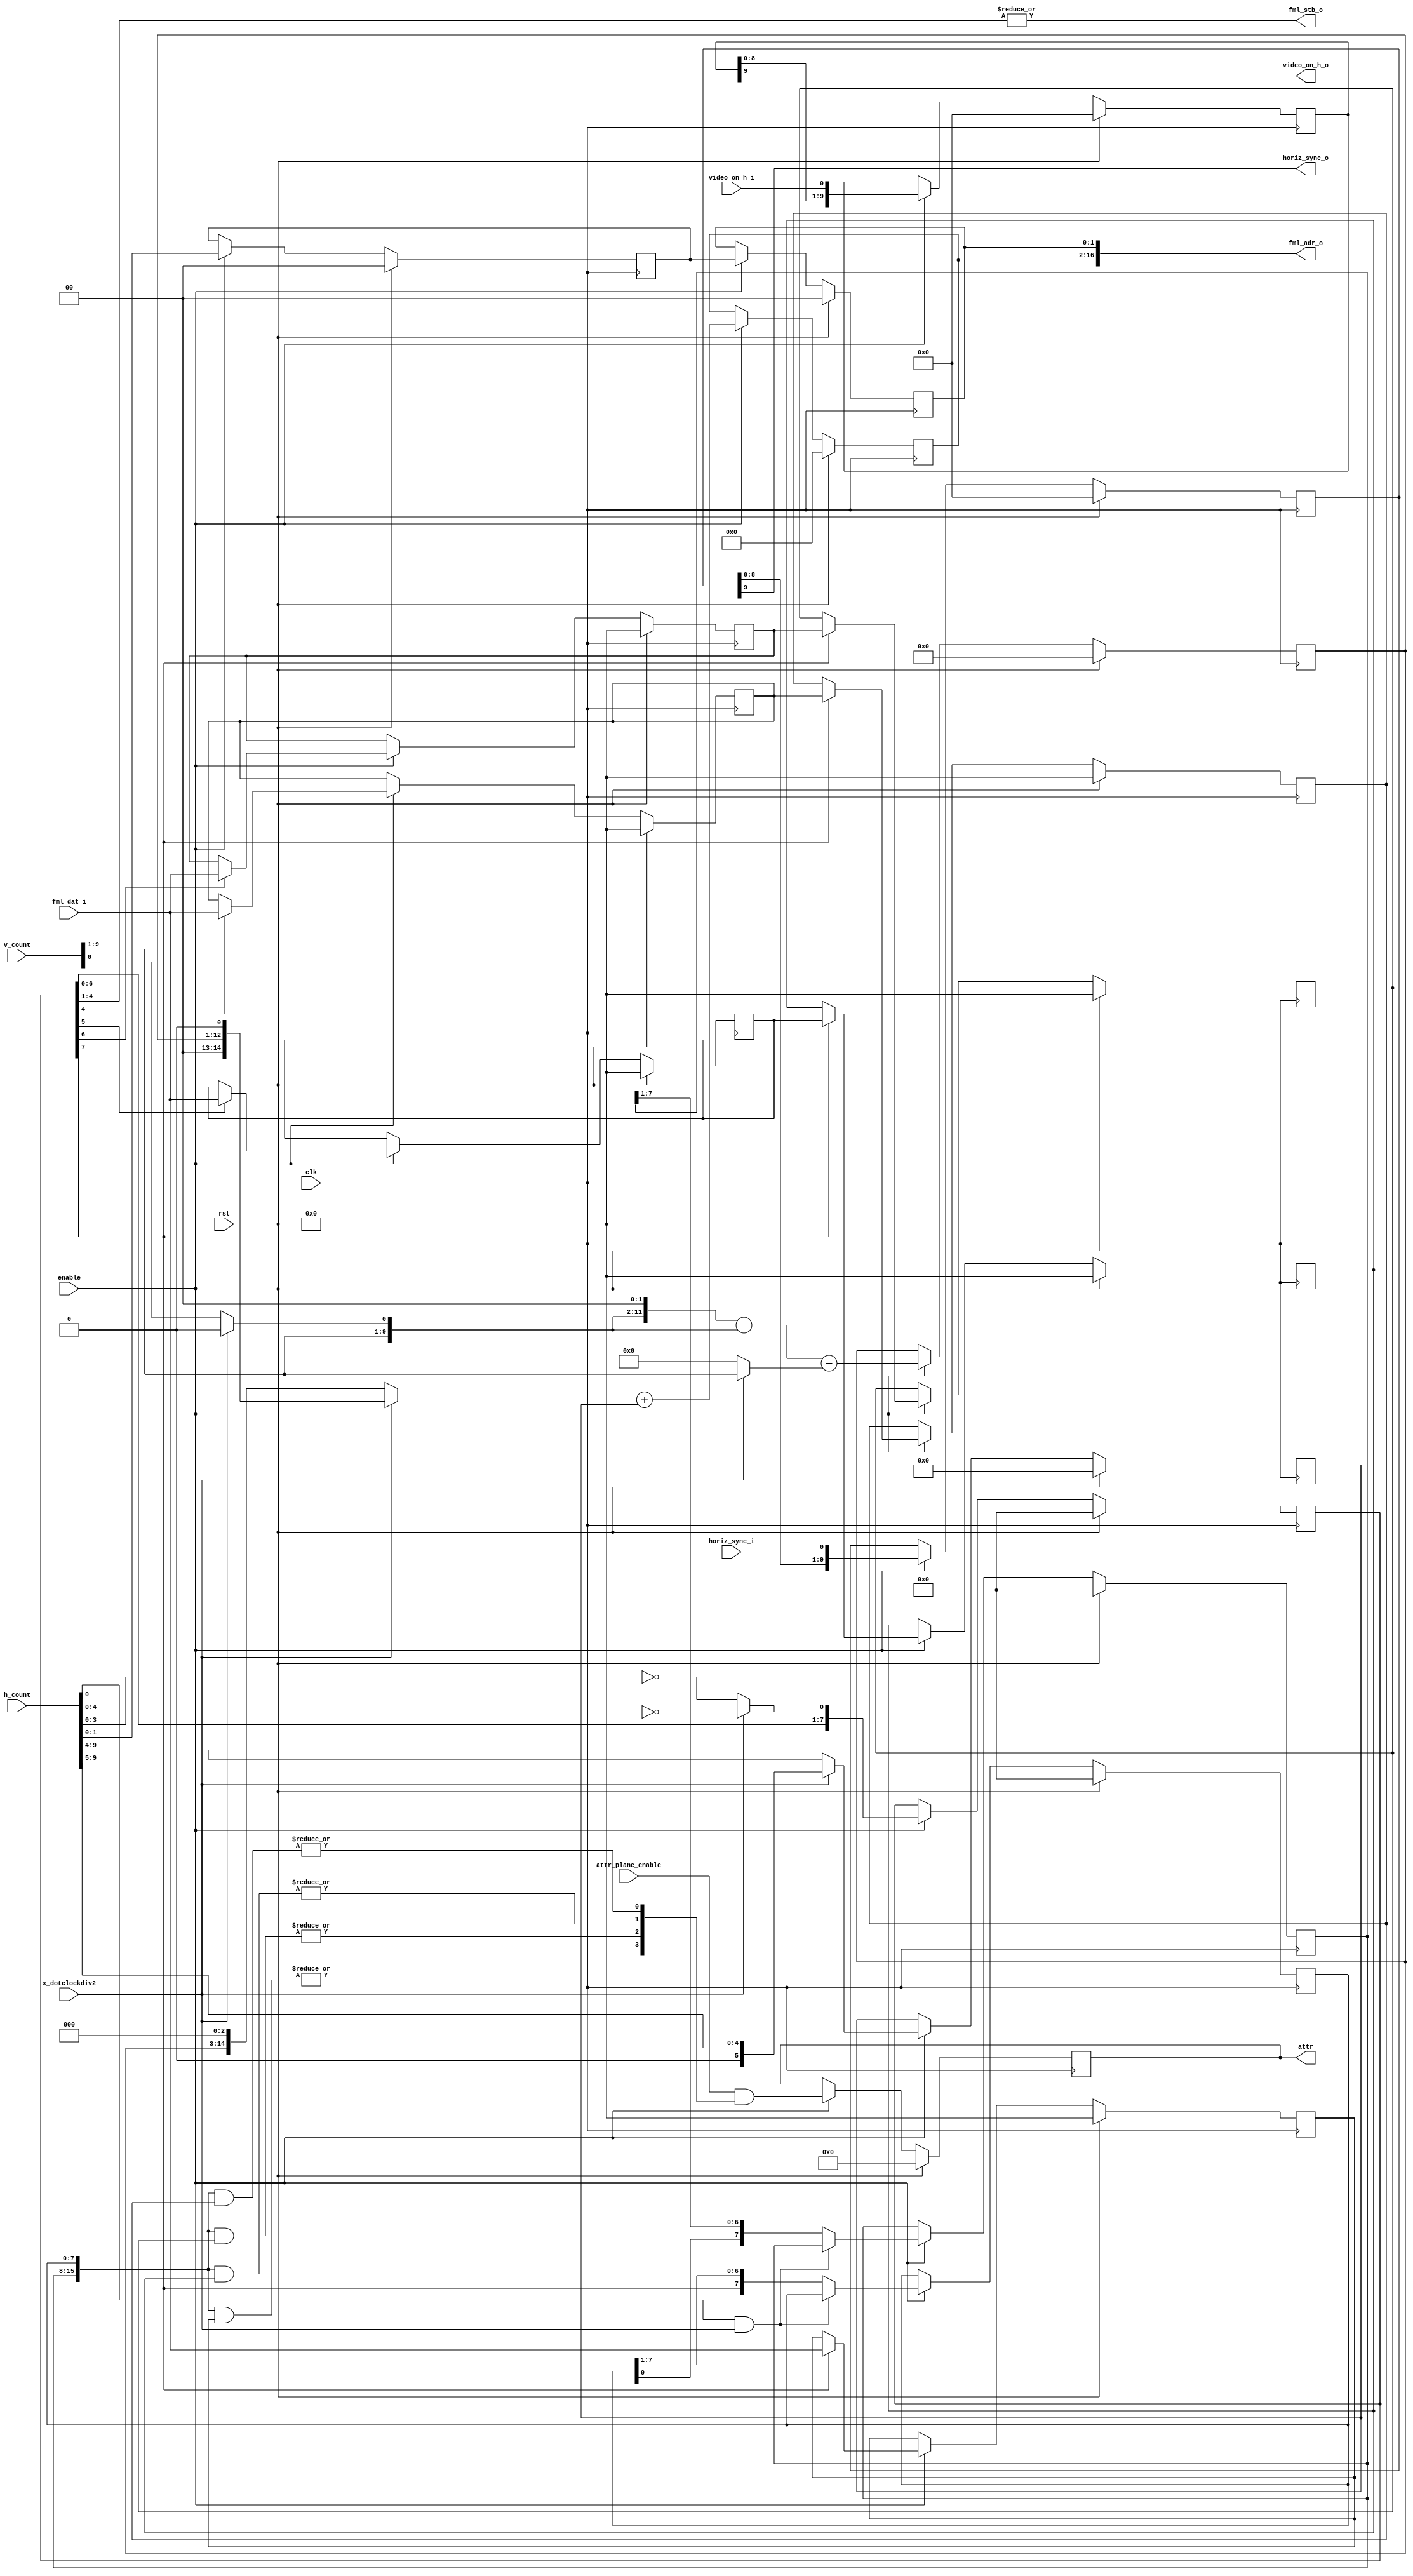
/*
 *  Planar mode graphics for VGA
 *  Copyright (C) 2010  Zeus Gomez Marmolejo <zeus@aluzina.org>
 *
 *  VGA FML support
 *  Copyright (C) 2013 Charley Picker <charleypicker@yahoo.com>
 *
 *  This file is part of the Zet processor. This processor is free
 *  hardware; you can redistribute it and/or modify it under the terms of
 *  the GNU General Public License as published by the Free Software
 *  Foundation; either version 3, or (at your option) any later version.
 *
 *  Zet is distrubuted in the hope that it will be useful, but WITHOUT
 *  ANY WARRANTY; without even the implied warranty of MERCHANTABILITY
 *  or FITNESS FOR A PARTICULAR PURPOSE. See the GNU General Public
 *  License for more details.
 *
 *  You should have received a copy of the GNU General Public License
 *  along with Zet; see the file COPYING. If not, see
 *  <http://www.gnu.org/licenses/>.
 */

module vga_planar_fml (
    input clk,
    input rst,

    input enable,

    // CSR slave interface for reading
    output [17:1] fml_adr_o,
    input  [15:0] fml_dat_i,
    output        fml_stb_o,

    // Controller registers
    input [3:0] attr_plane_enable,
    input       x_dotclockdiv2,

    input [9:0] h_count,
    input [9:0] v_count,
    input       horiz_sync_i,
    input       video_on_h_i,
    output      video_on_h_o,

    output reg [3:0] attr,
    output           horiz_sync_o
  );

  // Registers and net
  reg [11:0] row_addr;
  reg [ 5:0] col_addr;
  reg [14:0] word_offset;
  reg [ 1:0] plane_addr0;
  reg [ 1:0] plane_addr;
  reg [15:0] plane0;
  reg [15:0] plane0_tmp;
  reg [15:0] plane1;
  reg [15:0] plane1_tmp;
  reg [15:0] plane2;
  reg [15:0] plane2_tmp;
  reg [15:0] plane3;
  reg [ 7:0] bit_mask0;
  reg [ 7:0] bit_mask1;

  wire [15:0] bit_mask;
  wire        v_count0;

  wire bit3, bit2, bit1, bit0;

  reg [9:0] video_on_h;
  reg [9:0] horiz_sync;
  reg [7:0] pipe;

  // Continous assignments
  assign fml_adr_o = { word_offset, plane_addr };
  assign bit_mask  = { bit_mask1, bit_mask0 };

  assign bit0 = |(bit_mask & plane0);
  assign bit1 = |(bit_mask & plane1);
  assign bit2 = |(bit_mask & plane2);
  assign bit3 = |(bit_mask & plane3);

  assign video_on_h_o = video_on_h[9];
  assign horiz_sync_o = horiz_sync[9];
  assign fml_stb_o    = |pipe[4:1];
  assign v_count0     = x_dotclockdiv2 ? 1'b0 : v_count[0];

  // Behaviour
  // Pipeline count
  always @(posedge clk)
    if (rst)
      begin
        pipe <= 8'b0;
      end
    else
      if (enable)
        begin
          pipe <= { pipe[6:0],
            x_dotclockdiv2 ? (h_count[4:0]==5'h0) : (h_count[3:0]==4'h0) };    
        end

  // video_on_h
  always @(posedge clk)
    if (rst)
      begin
        video_on_h <= 10'b0;
      end
    else
      if (enable)
        begin
          video_on_h <= { video_on_h[8:0], video_on_h_i };
        end

  // horiz_sync
  always @(posedge clk)
    if (rst)
      begin
        horiz_sync <= 10'b0;
      end
    else
      if (enable)
        begin
          horiz_sync <= { horiz_sync[8:0], horiz_sync_i };
        end

  // Address generation
  always @(posedge clk)
    if (rst)
      begin
        row_addr    <= 12'h0;
        col_addr    <= 6'h0;
        plane_addr0 <= 2'b00;
        word_offset <= 15'h0;
        plane_addr  <= 2'b00;
      end
    else
      if (enable)
        begin
          // Loading new row_addr and col_addr when h_count[3:0]==4'h0
          // v_count * 40 or 22 (depending on x_dotclockdiv2)
          row_addr <= { v_count[9:1], v_count0, 2'b00 } + { v_count[9:1], v_count0 }
                    + (x_dotclockdiv2 ? v_count[9:1] : 9'h0);
          col_addr <= x_dotclockdiv2 ? h_count[9:5] : h_count[9:4];
          plane_addr0 <= h_count[1:0];

          // Load new word_offset at +1
          word_offset <= (x_dotclockdiv2 ? { row_addr, 1'b0 }
                                         : { row_addr, 3'b000 }) + col_addr;
          plane_addr  <= plane_addr0;
        end

  // Temporary plane data
  always @(posedge clk)
    if (rst)
      begin
        plane0_tmp <= 16'h0;
        plane1_tmp <= 16'h0;
        plane2_tmp <= 16'h0;
      end
    else
      if (enable)
        begin
          // Load plane0 when pipe == 4
          plane0_tmp <= pipe[4] ? fml_dat_i : plane0_tmp;
          plane1_tmp <= pipe[5] ? fml_dat_i : plane1_tmp;
          plane2_tmp <= pipe[6] ? fml_dat_i : plane2_tmp;    
        end

  // Plane data
  always @(posedge clk)
    if (rst)
      begin
        plane0 <= 16'h0;
        plane1 <= 16'h0;
        plane2 <= 16'h0;
        plane3 <= 16'h0;
      end
    else
      if (enable)        
        begin
          plane0 <= pipe[7] ? plane0_tmp : plane0;
          plane1 <= pipe[7] ? plane1_tmp : plane1;
          plane2 <= pipe[7] ? plane2_tmp : plane2;
          plane3 <= pipe[7] ? fml_dat_i : plane3;
        end

  // Bit masks
  always @(posedge clk)
    if (rst)
      begin
        bit_mask0 <= 8'h0;
        bit_mask1 <= 8'h0;
      end
    else
      if (enable)    
        begin
          bit_mask0 <= (h_count[0] & x_dotclockdiv2) ? bit_mask0
                     : { pipe[7], bit_mask0[7:1] };
          bit_mask1 <= (h_count[0] & x_dotclockdiv2) ? bit_mask1
                     : { bit_mask0[0], bit_mask1[7:1] };
        end

  // attr
  always @(posedge clk)
    if (rst)
      begin
        attr <= 4'h0; 
      end
    else
      if (enable)
        begin
          attr <= (attr_plane_enable & { bit3, bit2, bit1, bit0 });
        end  

endmodule